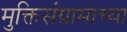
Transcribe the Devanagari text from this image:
मुक्तिसंग्रामाच्या